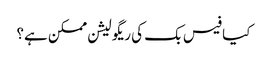
کیا فیس بک کی ریگولیشن ممکن ہے؟